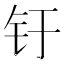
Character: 𰽗